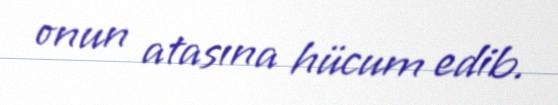
onun atasına hücum edib.